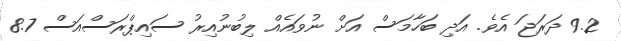
9.2 ދަރަޖަ އެވެ. އަދި ބަހާމަސް އަށް ނުވައެއް ލިބުނުއިރު ސައިޕްރަސްއަސް 8.7